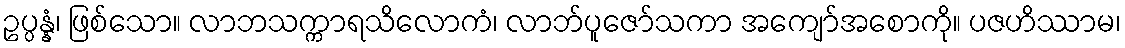
ဥပ္ပန္နံ၊ ဖြစ်သော။ လာဘသက္ကာရသိလောကံ၊ လာဘ်ပူဇော်သကာ အကျော်အစောကို။ ပဇဟိဿာမ၊